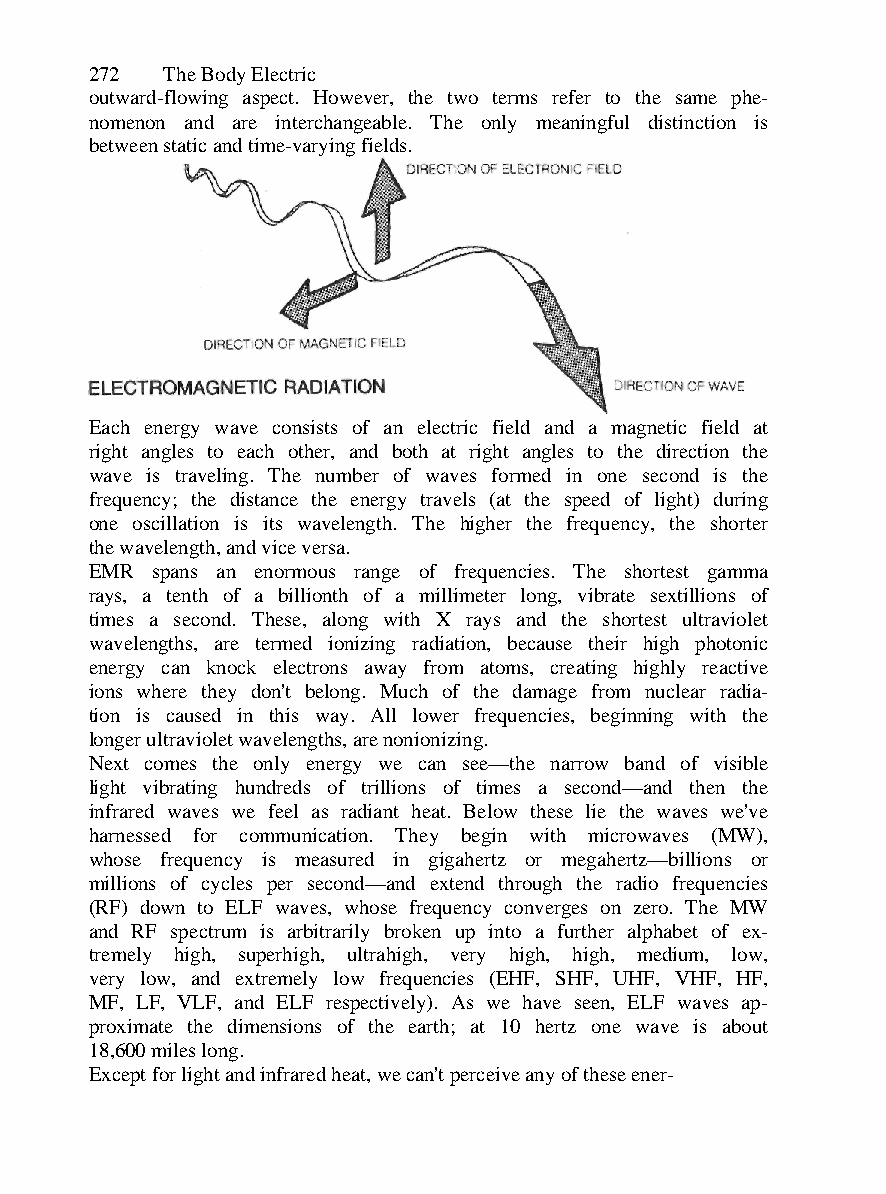
272  The Body Electric
 outward-flowing aspect. However, the two terms refer to the same phe-
 nomenon and are interchangeable. The only meaningful distinction is
 between static and time-varying fields.
 Each energy wave consists of an electric field and a magnetic field at
 right angles to each other, and both at right angles to the direction the
 wave is traveling. The number of waves formed in one second is the
 frequency; the distance the energy travels (at the speed of light) during
 one oscillation is its wavelength. The higher the frequency, the shorter
 the wavelength, and vice versa.
 EMR spans an enormous range of frequencies. The shortest gamma
 rays, a tenth of a billionth of a millimeter long, vibrate sextillions of
 times a second. These, along with X rays and the shortest ultraviolet
 wavelengths, are termed ionizing radiation, because their high photonic
 energy can knock electrons away from atoms, creating highly reactive
 ions where they don't belong. Much of the damage from nuclear radia-
 tion is caused in this way. All lower frequencies, beginning with the
 longer ultraviolet wavelengths, are nonionizing.
 Next comes the only energy we can see—the narrow band of visible
 light vibrating hundreds of trillions of times a second—and then the
 infrared waves we feel as radiant heat. Below these lie the waves we've
 harnessed for communication. They begin with microwaves (MW),
 whose frequency is measured in gigahertz or megahertz—billions or
 millions of cycles per second—and extend through the radio frequencies
 (RF) down to ELF waves, whose frequency converges on zero. The MW
 and RF spectrum is arbitrarily broken up into a further alphabet of ex-
 tremely high, superhigh, ultrahigh, very high, high, medium, low,
 very low, and extremely low frequencies (EHF, SHF, UHF, VHF, HF,
 MF, LF, VLF, and ELF respectively). As we have seen, ELF waves ap-
 proximate the dimensions of the earth; at 10 hertz one wave is about
 18,600 miles long.
 Except for light and infrared heat, we can't perceive any of these ener-